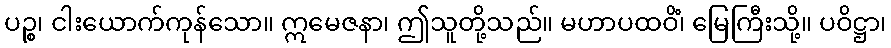
ပဉ္စ၊ ငါးယောက်ကုန်သော။ ဣမေဇနာ၊ ဤသူတို့သည်။ မဟာပထဝိံ၊ မြေကြီးသို့။ ပဝိဋ္ဌာ၊